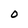
Character: O